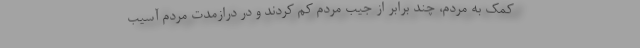
کمک به مردم، چند برابر از جیب مردم کم کردند و در درازمدت مردم آسیب